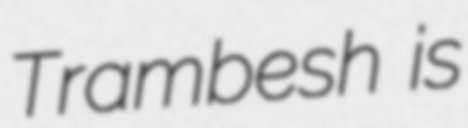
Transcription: Trambesh is